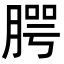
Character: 腭